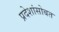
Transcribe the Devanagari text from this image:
प्रदेशांसोबत